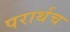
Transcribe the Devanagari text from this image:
परार्थच